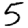
Digit: 5